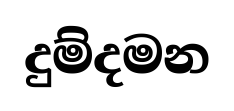
දුම්දමන